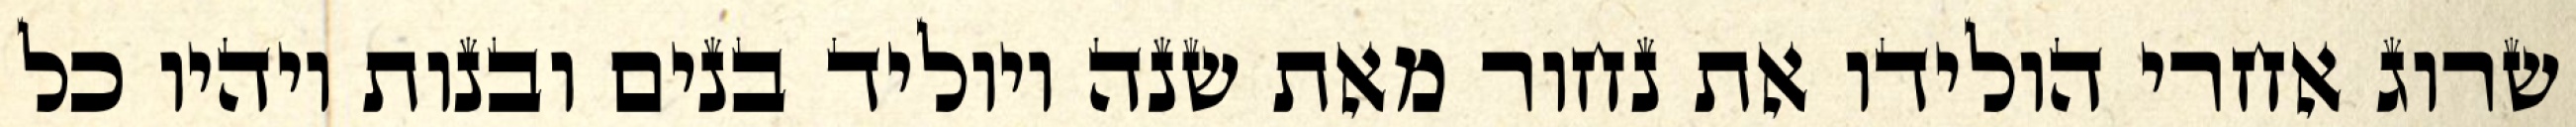
שרוג אחרי הולידו את נחור מאת שנה ויוליד בנים ובנות ויהיו כל